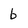
Character: b